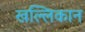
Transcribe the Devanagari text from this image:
खल्लिकान